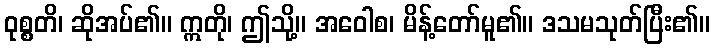
ဝုစ္စတိ၊ ဆိုအပ်၏။ ဣတို၊ ဤသို့။ အဝေါစ၊ မိန့်တော်မူ၏။ ဒသမသုတ်ပြီး၏။